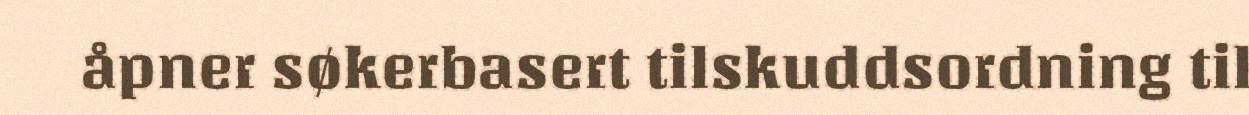
åpner søkerbasert tilskuddsordning til